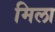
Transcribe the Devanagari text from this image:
मिला